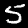
Label: 5